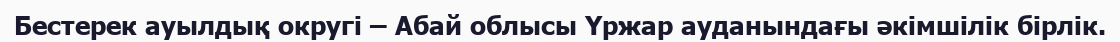
Бестерек ауылдық округі – Абай облысы Үржар ауданындағы әкімшілік бірлік.